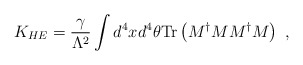
\begin{align*}K_{HE} = {\gamma \over {\Lambda^2}} \int d^4 x d^4 \theta {\rm Tr} \left( M^{\dag} M M^{\dag} M \right)\ ,\end{align*}